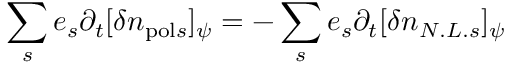
\sum _ { s } e _ { s } \partial _ { t } [ \delta n _ { \mathrm { p o l } s } ] _ { \psi } = - \sum _ { s } e _ { s } \partial _ { t } [ \delta n _ { N . L . s } ] _ { \psi }